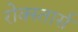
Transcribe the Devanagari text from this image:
रोक्स्तार्स